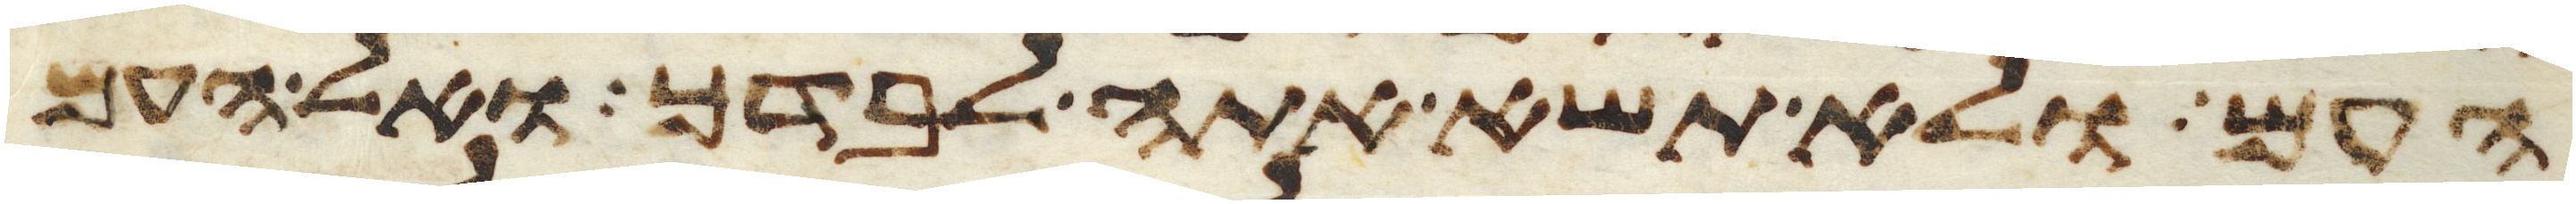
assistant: העם ולא תשא אתה לבדך ואל העם